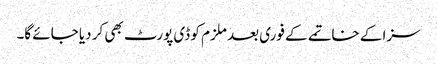
سزا کے خاتمے کے فوری بعد ملزم کو ڈی پورٹ بھی کر دیا جائے گا۔